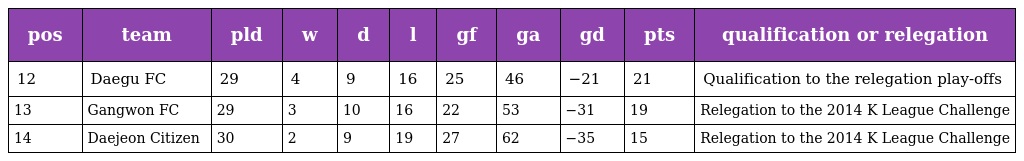
| pos | team | pld | w | d | l | gf | ga | gd | pts | qualification or relegation |
 | --- | --- | --- | --- | --- | --- | --- | --- | --- | --- | --- |
 | 12 | Daegu FC | 29 | 4 | 9 | 16 | 25 | 46 | −21 | 21 | Qualification to the relegation play-offs |
 | 13 | Gangwon FC | 29 | 3 | 10 | 16 | 22 | 53 | −31 | 19 | Relegation to the 2014 K League Challenge |
 | 14 | Daejeon Citizen | 30 | 2 | 9 | 19 | 27 | 62 | −35 | 15 | Relegation to the 2014 K League Challenge |